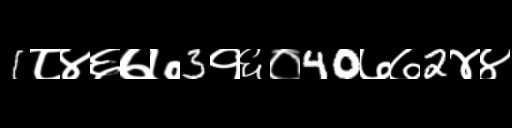
Text: 1८४६७७3१६०40७७2४४